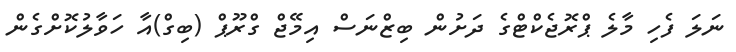
ނަލަ ފެހި މާލެ ޕްރޮޖެކްޓްގެ ދަށުން ބިޒްނަސް އިމޭޖް ގްރޫޕް (ބިގް)އާ ހަވާލުކޮށްގެން